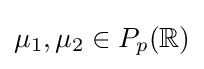
\mu _{1},\mu _{2}\in P_{p}(\mathbb {R} )